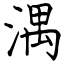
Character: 湡